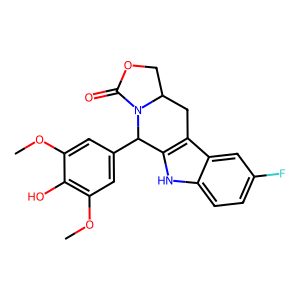
SMILES: COc1cc(C2c3[nH]c4ccc(F)cc4c3CC3COC(=O)N32)cc(OC)c1O
Inhibits HIV replication: No